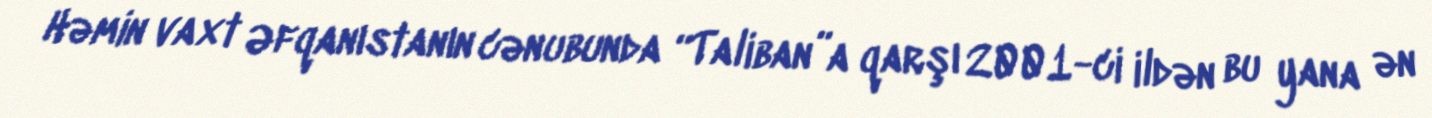
Həmin vaxt Əfqanıstanın cənubunda “Taliban”a qarşı 2001-ci ildən bu yana ən